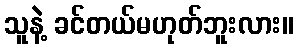
သူနဲ့ ခင်တယ်မဟုတ်ဘူးလား။